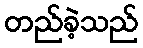
တည်ခဲ့သည်